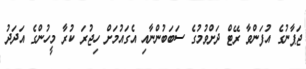
ޖަޕާނުގެ އުފަންވާ ރޭޓް ދަށްވުމުގެ ސަބަބުންނާއި އެގައުމަށް ހިޖުރަ ކުރާ މީހުންގެ އަދަދު